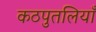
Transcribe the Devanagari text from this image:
कठपुतलियाँ